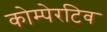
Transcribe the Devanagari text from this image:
कोम्पेरटिव